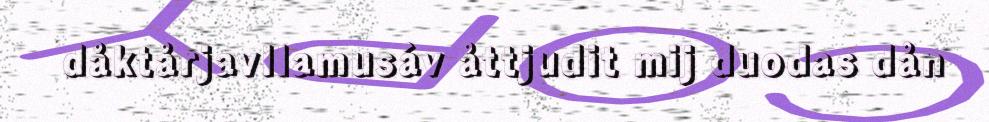
dåktårjavllamusáv åttjudit mij duodas dån